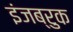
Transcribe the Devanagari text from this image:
इंजब्रुक